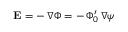
{ \bf E } = - \, \nabla \Phi = - \, \Phi _ { 0 } ^ { \prime } \, \nabla \psi